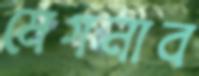
মেগনাব